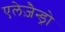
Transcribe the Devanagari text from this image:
एलेज़ैन्ड्रो